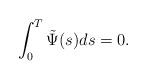
LaTeX: \begin{align*} \int_0^T\tilde{\Psi}(s) ds=0. \end{align*}